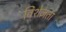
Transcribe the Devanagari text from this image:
विशेज्ञता